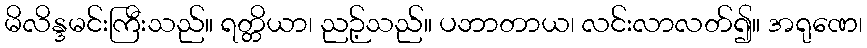
မိလိန္ဒမင်းကြီးသည်။ ရတ္တိယာ၊ ညဉ့်သည်။ ပဘာတာယ၊ လင်းလာလတ်၍။ အရုဏေ၊